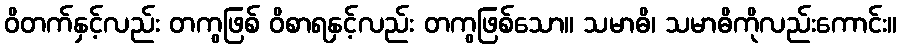
ဝိတက်နှင့်လည်း တကွဖြစ် ဝိစာရနှင့်လည်း တကွဖြစ်သော။ သမာဓိ၊ သမာဓိကိုလည်းကောင်း။